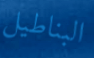
البناطيل